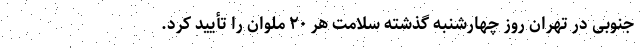
جنوبی در تهران روز چهارشنبه گذشته سلامت هر ۲۰ ملوان را تأیید کرد.